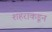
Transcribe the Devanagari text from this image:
शहराकडून